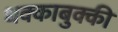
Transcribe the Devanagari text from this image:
धक्काबुक्की